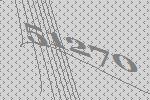
51270